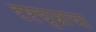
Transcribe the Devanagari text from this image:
दृष्टद्युम्नाचा